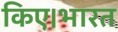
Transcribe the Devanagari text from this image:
किए।भारत